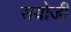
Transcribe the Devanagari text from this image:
सयोजी